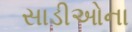
સાડીઓના